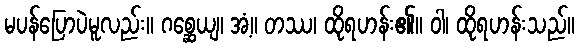
မပန်ပြောပဲမူလည်း။ ဂစ္ဆေယျ၊ အံ့။ တဿ၊ ထိုရဟန်း၏။ ဝါ၊ ထိုရဟန်းသည်။